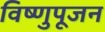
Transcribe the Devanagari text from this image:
विष्णुपूजन